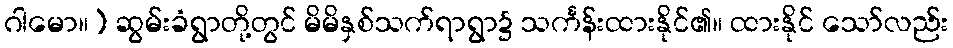
ဂါမော။) ဆွမ်းခံရွာတို့တွင် မိမိနှစ်သက်ရာရွာ၌ သင်္ကန်းထားနိုင်၏။ ထားနိုင် သော်လည်း